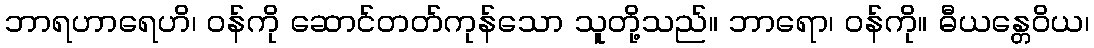
ဘာရဟာရေဟိ၊ ဝန်ကို ဆောင်တတ်ကုန်သော သူတို့သည်။ ဘာရော၊ ဝန်ကို။ ဓီယန္တေဝိယ၊